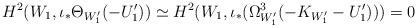
LaTeX: \begin{align*}H^2(W_1, \iota_* \Theta_{W_1'}(-U'_1)) \simeq H^2(W_1, \iota_* (\Omega^3_{W'_1}(-K_{W'_1}-U'_1))) =0 \end{align*}